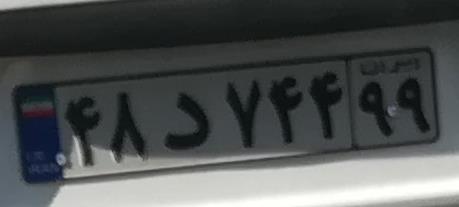
۴۸د۷۴۴۹۹